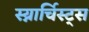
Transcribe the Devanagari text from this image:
स्य्नार्चिस्ट्स